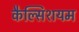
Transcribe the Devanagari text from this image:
कैल्सिशयम